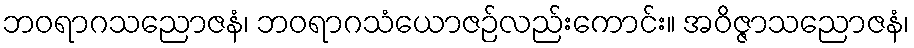
ဘဝရာဂသညောဇနံ၊ ဘဝရာဂသံယောဇဉ်လည်းကောင်း။ အဝိဇ္ဇာသညောဇနံ၊